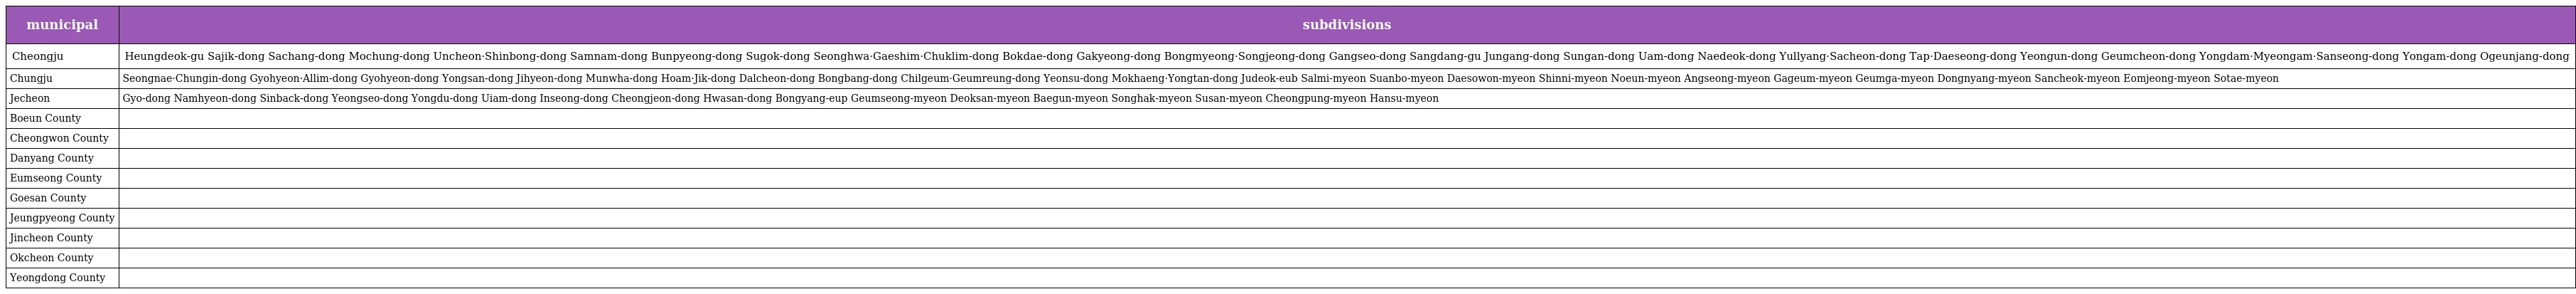
| municipal | subdivisions |
 | --- | --- |
 | Cheongju | Heungdeok-gu Sajik-dong Sachang-dong Mochung-dong Uncheon·Shinbong-dong Samnam-dong Bunpyeong-dong Sugok-dong Seonghwa·Gaeshim·Chuklim-dong Bokdae-dong Gakyeong-dong Bongmyeong·Songjeong-dong Gangseo-dong Sangdang-gu Jungang-dong Sungan-dong Uam-dong Naedeok-dong Yullyang·Sacheon-dong Tap·Daeseong-dong Yeongun-dong Geumcheon-dong Yongdam·Myeongam·Sanseong-dong Yongam-dong Ogeunjang-dong |
 | Chungju | Seongnae·Chungin-dong Gyohyeon·Allim-dong Gyohyeon-dong Yongsan-dong Jihyeon-dong Munwha-dong Hoam·Jik-dong Dalcheon-dong Bongbang-dong Chilgeum·Geumreung-dong Yeonsu-dong Mokhaeng·Yongtan-dong Judeok-eub Salmi-myeon Suanbo-myeon Daesowon-myeon Shinni-myeon Noeun-myeon Angseong-myeon Gageum-myeon Geumga-myeon Dongnyang-myeon Sancheok-myeon Eomjeong-myeon Sotae-myeon |
 | Jecheon | Gyo-dong Namhyeon-dong Sinback-dong Yeongseo-dong Yongdu-dong Uiam-dong Inseong-dong Cheongjeon-dong Hwasan-dong Bongyang-eup Geumseong-myeon Deoksan-myeon Baegun-myeon Songhak-myeon Susan-myeon Cheongpung-myeon Hansu-myeon |
 | Boeun County |  |
 | Cheongwon County |  |
 | Danyang County |  |
 | Eumseong County |  |
 | Goesan County |  |
 | Jeungpyeong County |  |
 | Jincheon County |  |
 | Okcheon County |  |
 | Yeongdong County |  |